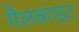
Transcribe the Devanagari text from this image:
मैलकाइट